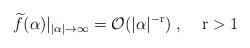
LaTeX: \begin{align*}\widetilde{f}(\alpha)|_{|\alpha|\rightarrow\infty}=\mathcal{O}(|\alpha|^{-\mathrm{r}})\;,\;\;\;\;\mathrm{r}>1\end{align*}